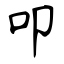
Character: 叩